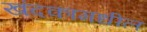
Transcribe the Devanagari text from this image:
खंदकामधील